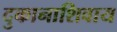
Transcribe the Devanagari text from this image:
दुकानाशिवाय